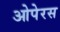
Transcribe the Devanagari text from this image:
ओपेरस